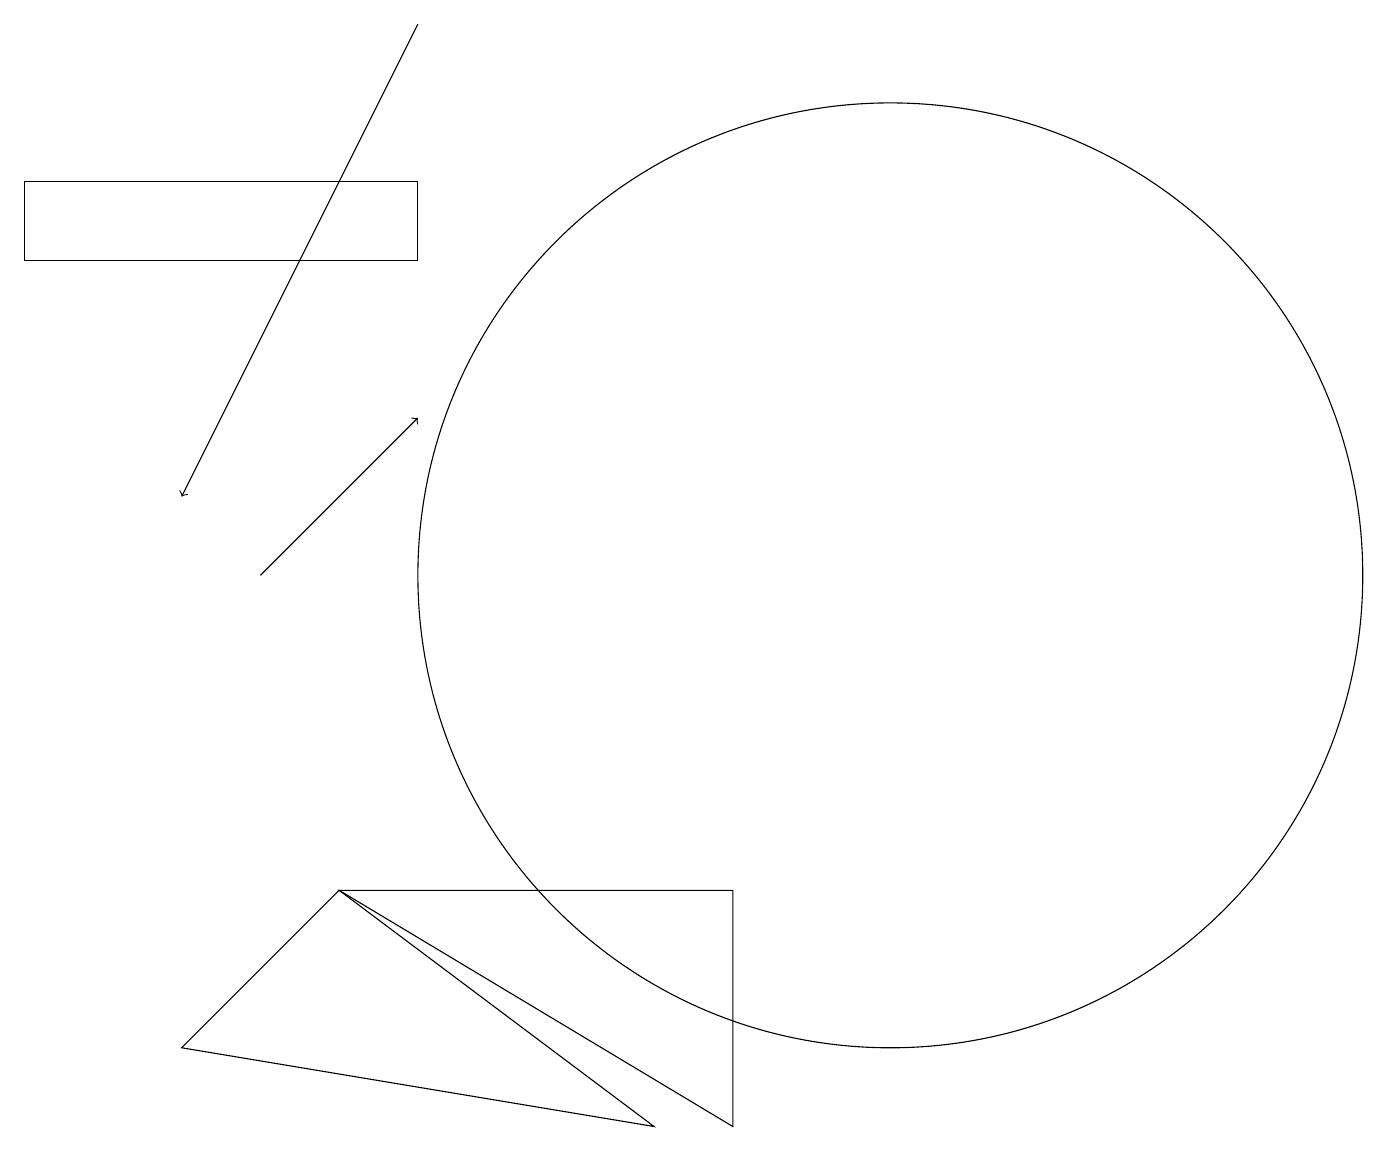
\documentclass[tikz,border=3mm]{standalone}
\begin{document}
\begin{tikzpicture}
\draw[->] (3,10) -- (5,12);
\draw (4,6) -- (8,3) -- (2,4) -- cycle;
\draw (9,3) -- (9,6) -- (4,6) -- cycle;
\draw (11,10) circle (6);
\draw (11,12) circle (0);
\draw (0,15) rectangle (5,14);
\draw[->] (5,17) -- (2,11);
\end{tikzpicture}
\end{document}